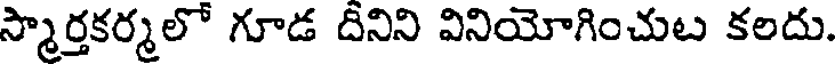
స్మార్తకర్మలో గూడ దీనిని వినియోగించుట కలదు.